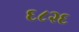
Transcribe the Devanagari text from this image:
६८२६